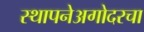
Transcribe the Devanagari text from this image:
स्थापनेअगोदरचा